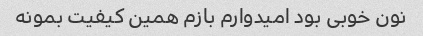
نون خوبی بود امیدوارم بازم همین کیفیت بمونه